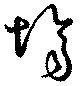
場